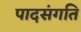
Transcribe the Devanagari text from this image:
पादसंगति